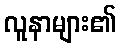
လူနာများ၏